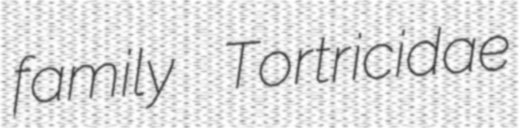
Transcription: family Tortricidae